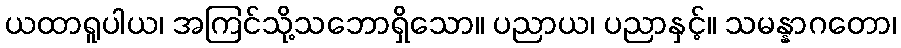
ယထာရူပါယ၊ အကြင်သို့သဘောရှိသော။ ပညာယ၊ ပညာနှင့်။ သမန္နာဂတော၊